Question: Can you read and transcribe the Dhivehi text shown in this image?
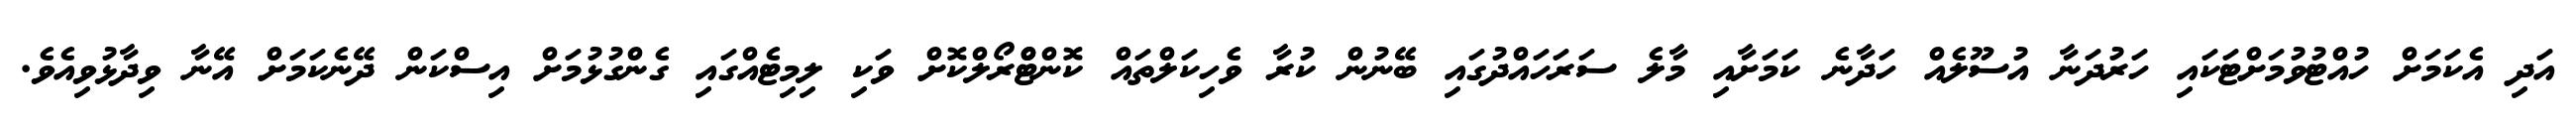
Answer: އަދި އެކަމަށް ހުއްޓުވުމަށްޓަކައި ހަރުދަނާ އުސޫލެއް ހަދާނެ ކަމަށާއި މާލެ ސަރަހައްދުގައި ބޭނުން ކުރާ ވެހިކަލްތައް ކޮންޓްްރޯލްކޮށް ވަކި ލިމިޓެއްގައި ގެންގުޅުމަށް އިސްކަން ދޭނެކަމަށް އޭނާ ވިދާޅުވިއެވެ.